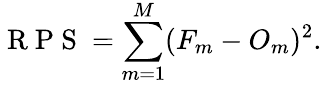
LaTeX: \mathrm{~R~P~S~}=\sum_{m=1}^{M}(F_{m}-O_{m})^{2}.